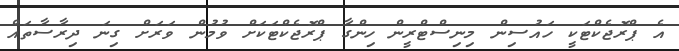
އެ ޕްރޮޖެކްޓަކީ ހައުސިން މިނިސްޓްރީން ހިންގާ ޕްރޮޖެކްޓަކަށް ވުމުން ވަރަށް ގިނަ ދިރާސާތައް